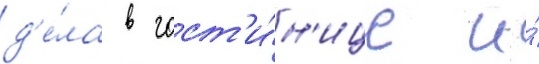
д'е́ла в гост'и́н'ице и́